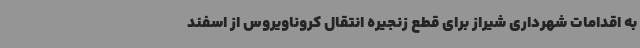
به اقدامات شهرداری شیراز برای قطع زنجیره انتقال کروناویروس از اسفند